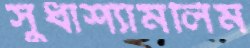
সুধাশ্যামলিম